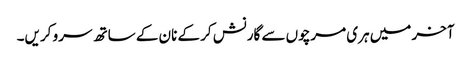
آخر میں ہری مرچوں سے گارنش کر کے نان کے ساتھ سرو کریں۔